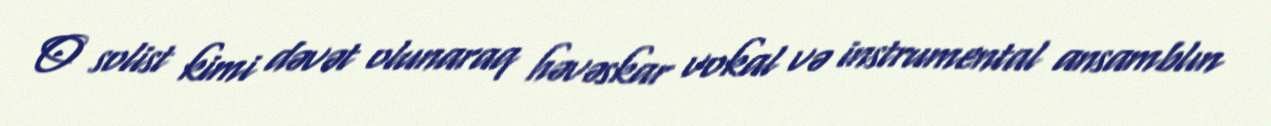
O solist kimi dəvət olunaraq həvəskar vokal və instrumental ansamblın